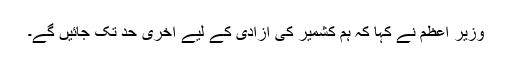
وزیر اعظم نے کہا کہ ہم کشمیر کی آزادی کے لیے آخری حد تک جائیں گے۔